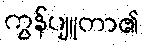
ကွန်ပျူတာ၏